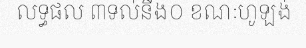
លទ្ធផល ៣ទល់នឹង០ ខណៈហូឡង់